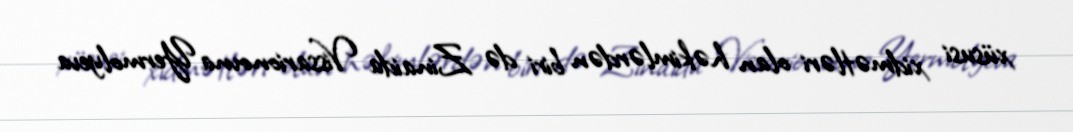
xüsusi xidmətləri olan həkimlərdən biri də Zinaida Vissarionovna Yermolyeva